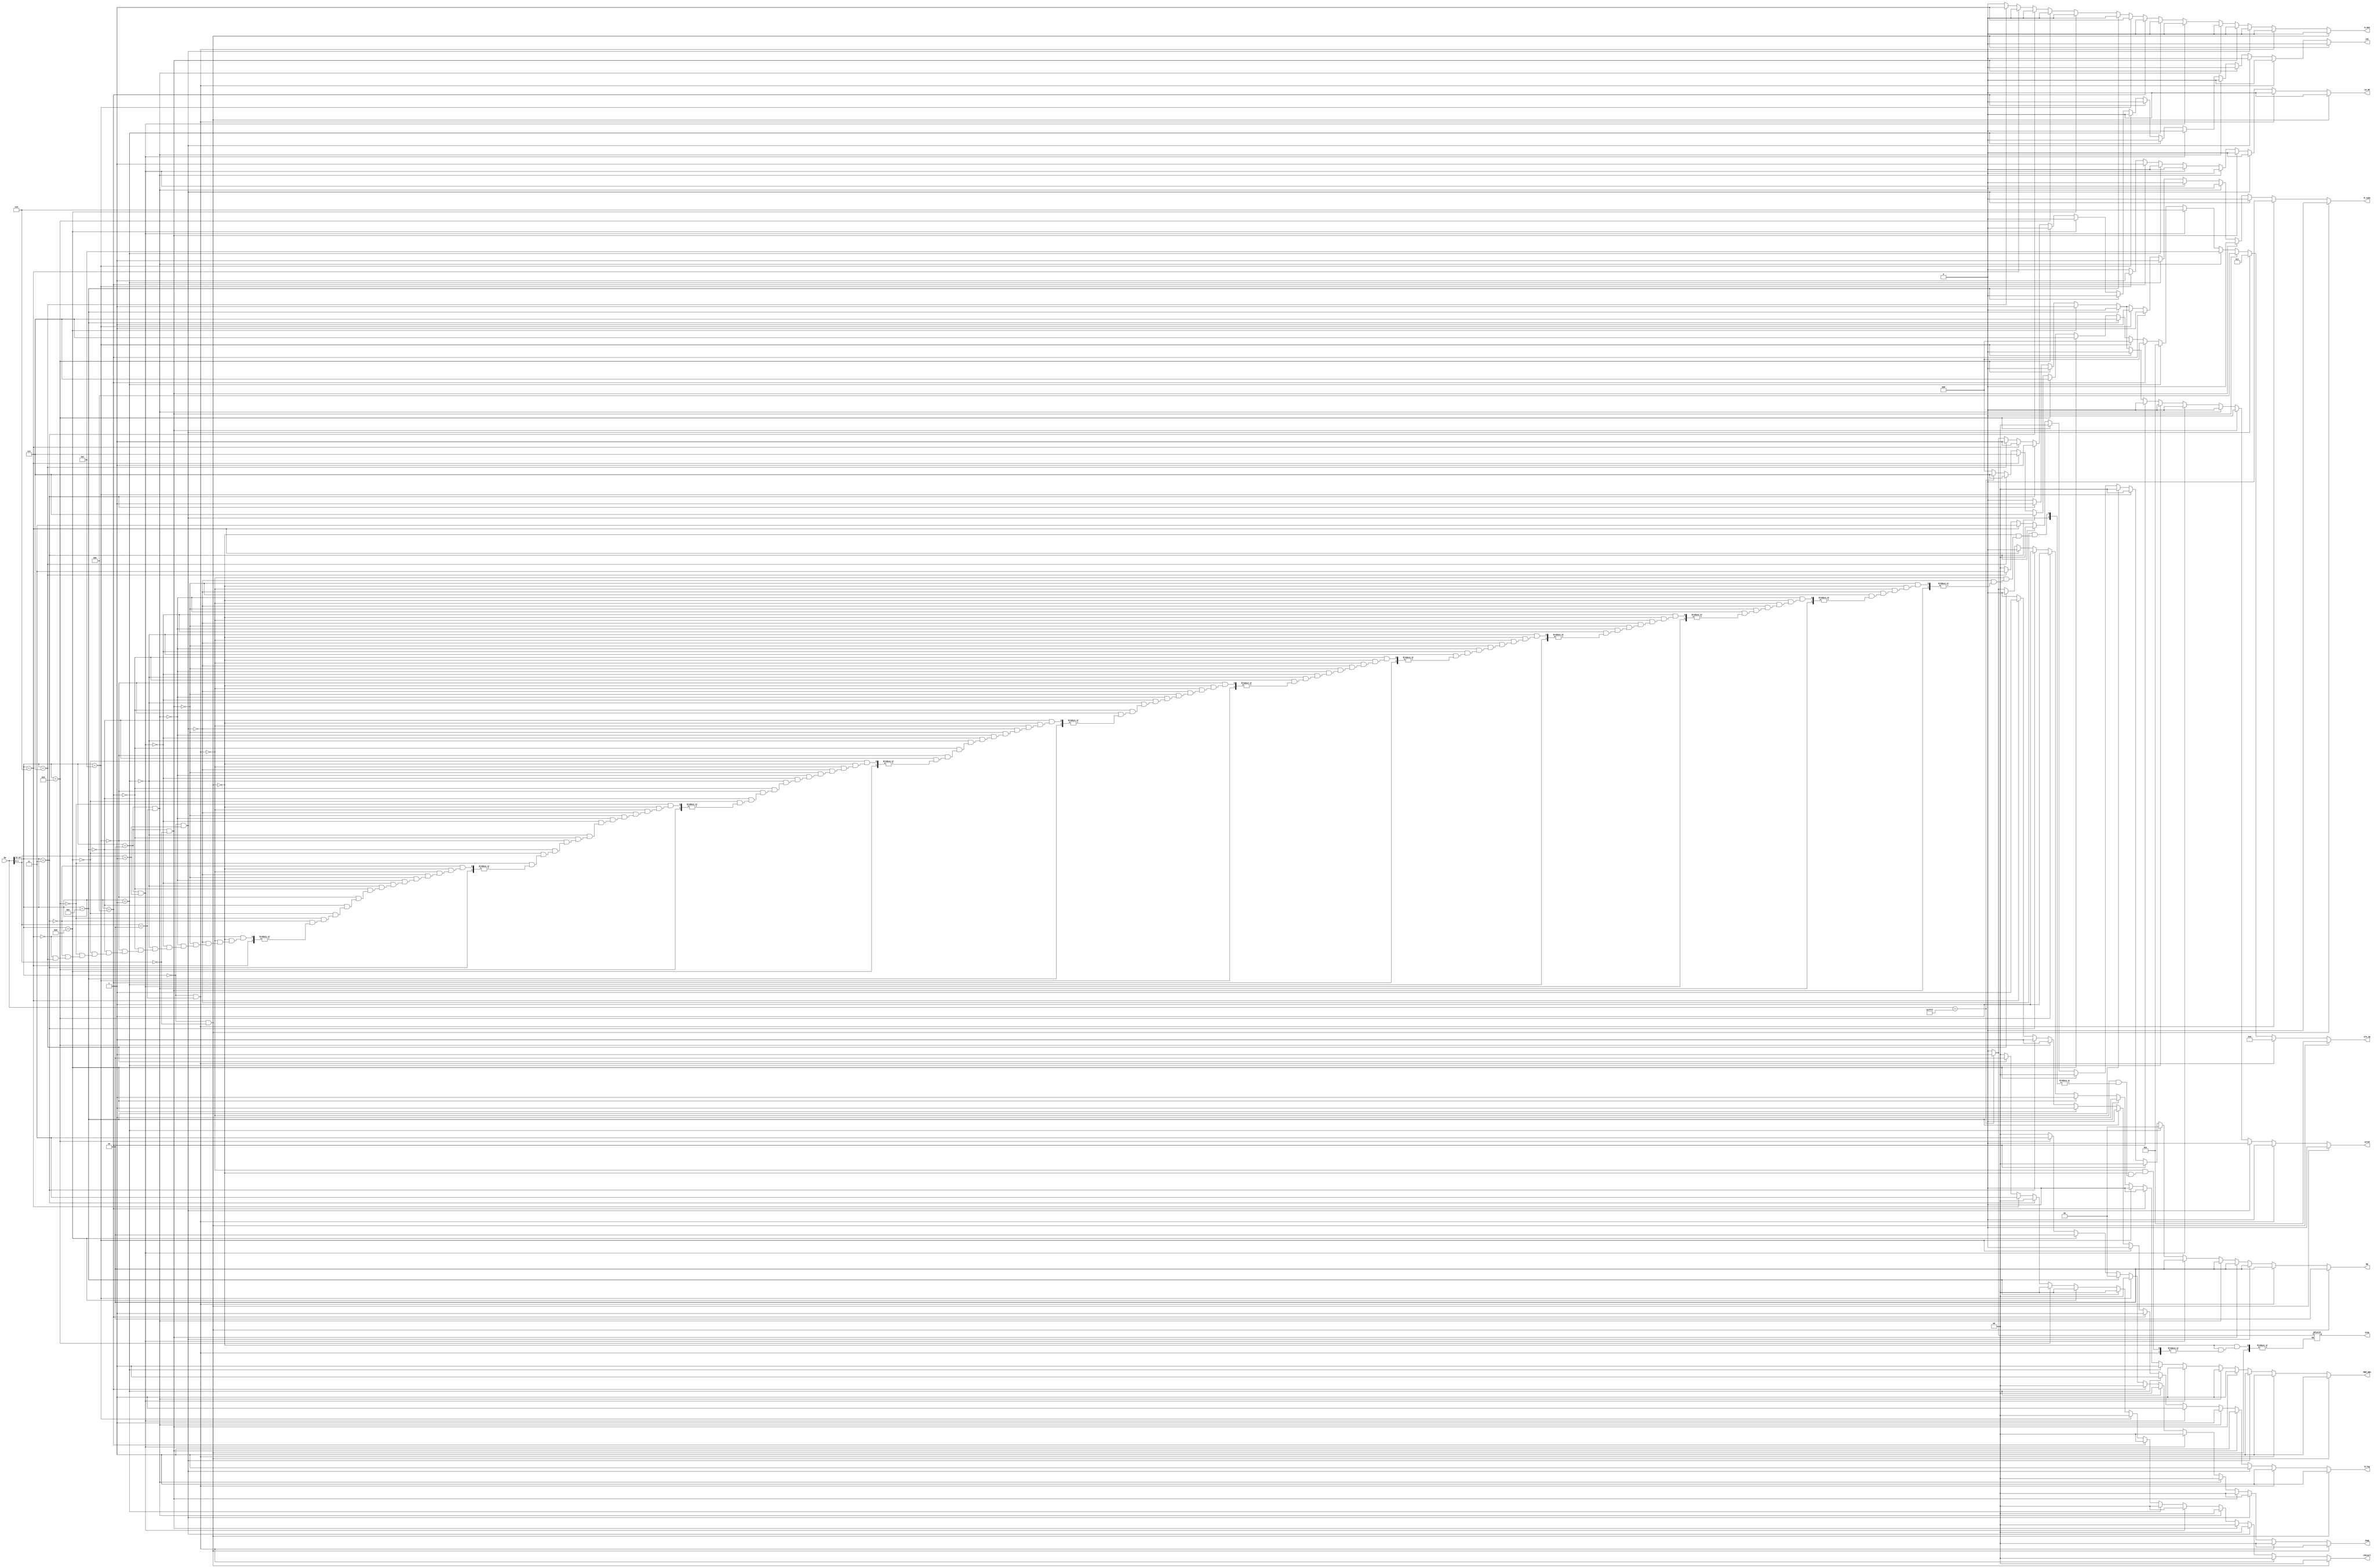
//module iDecoder (IW,R_type,RD,W_reg,W_mem,sel69,LHi,alu_op,LMstart,LW_SR,MEM_ANS,Jump,JL_JR,J_B,v,stop);
module iDecoder (IW,R_type,RD,W_reg,W_mem,sel69,LHi,alu_op,LMstart,LW_SR,MEM_ANS,Jump,stop);
//	input v;
	

	//Instuction Word
	input [15:0] IW;
		/*
		R_type		0	I or J type
					1	R Type
		*/
	output reg R_type;
		/*
		RD	00 	RA
				01	RB
				10	RC
				11	Load/Store Multiple R
		*/
	output reg [1:0] RD;
		/*
		W_reg 		0	No_write_to_reg
					1	write_to_reg
		*/
	output reg W_reg;
		/*
		W_mem 		0	No_write_to_memory
					1	write_to_memory
		*/
	output reg W_mem;
		/*
		Sel69 		0	Select 6
					1	Select 9
		*/
	output reg sel69;
		/*
		LHi 9->16 	0	Not executing Lhi 
					1 	executing Lhi
		*/
	output reg LHi;
		/*
		alu_op		000	No_FLAGCHANGE Addition
				
					001	FLAG_CHANGE_ADDITION NO COND
					010	FLAG_CHANGE_ADDITION C COND
					011	FLAG_CHANGE_ADDITION 0 COND
		
					100	FLAG_CHANGE_NAND NO COND
					101	FLAG_CHANGE_NAND C COND
					110	FLAG_CHANGE_NAND 0 COND
		
					111	Not USed
		*/
	output reg [2:0] alu_op;
		/*
		LMstart     	0x	NO Multiple operation
						10	Register to memory
						11	Memory to register
		//10 & 11 is used to Data in for FROM RD_RR or IW
		*/
	output reg [1:0]LMstart;
		/*
		LW_SR		0	other
					1	Load or Store
		*/
	output reg LW_SR;
		/*
		MEM_ANS		0	MEM_Data
					1	ANS_Data
		*/
	output reg MEM_ANS;
		/*
		Jump		00	No Jump
					01	Conditional Jump
					10	Uncondtional Jump
					11	Not_Used
		*/
	output reg [1:0]Jump;
	output reg stop;
	always @(*)
		begin
//////////////////////////////////////////////////////////////start R type
	//	if(v!=1'b0)
	//	begin
			//ADD
			if(IW[15:12]==4'b0000 && IW[1:0]==2'b00)
				begin
				R_type=1'b0;
				RD=2'b10;
				W_reg=1'b1;
				W_mem=1'b0;
				sel69=1'b0;
				LHi=1'b0;
				alu_op=3'b001;
				LMstart=2'b00;
				LW_SR=1'b0;
				MEM_ANS=1'b1;
				Jump=2'b00;
				end
			//ADC
			else if(IW[15:12]==4'b0000 && IW[1:0]==2'b10)
				begin
				R_type=1'b0;
				RD=2'b10;
				W_reg=1'b1;
				W_mem=1'b0;
				sel69=1'b0;
				LHi=1'b0;
				alu_op=3'b010;
				LMstart=2'b00;
				LW_SR=1'b0;
				MEM_ANS=1'b1;
				Jump=2'b00;
				end		
			//AD0
			else if(IW[15:12]==4'b0000 && IW[1:0]==2'b01)
				begin
				R_type=1'b0;
				RD=2'b10;
				W_reg=1'b1;
				W_mem=1'b0;
				sel69=1'b0;
				LHi=1'b0;
				alu_op=3'b011;
				LMstart=2'b00;
				LW_SR=1'b0;
				MEM_ANS=1'b1;
				Jump=2'b00;
				end		
			//NAND
			else if(IW[15:12]==4'b0010 && IW[1:0]==2'b00)
				begin
				R_type=1'b0;
				RD=2'b10;
				W_reg=1'b1;
				W_mem=1'b0;
				sel69=1'b0;
				LHi=1'b0;
				alu_op=3'b100;
				LMstart=2'b00;
				LW_SR=1'b0;
				MEM_ANS=1'b1;
				Jump=2'b00;
				end
			//NDC
			else if(IW[15:12]==4'b0010 && IW[1:0]==2'b10)
				begin
				R_type=1'b0;
				RD=2'b10;
				W_reg=1'b1;
				W_mem=1'b0;
				sel69=1'b0;
				LHi=1'b0;
				alu_op=3'b101;
				LMstart=2'b00;
				LW_SR=1'b0;
				MEM_ANS=1'b1;
				Jump=2'b00;
				end		
			//ND0
			else if(IW[15:12]==4'b0010 && IW[1:0]==2'b01)
				begin
				R_type=1'b0;
				RD=2'b10;
				W_reg=1'b1;
				W_mem=1'b0;
				sel69=1'b0;
				LHi=1'b0;
				alu_op=3'b110;
				LMstart=2'b00;
				LW_SR=1'b0;
				MEM_ANS=1'b1;
				Jump=2'b00;
				end		
////////////////////////////////////////////////////////////////END R type
////////////////////////////////////////////////////////////////START I type
			////START ADI last 6bit
			else if(IW[15:12]==4'b0001)
				begin
				R_type=1'b1;
				RD=2'b01;
				W_reg=1'b1;
				W_mem=1'b0;
				sel69=1'b0;
				LHi=1'b0;
				alu_op=3'b001;
				LMstart=2'b00;
				LW_SR=1'b0;
				MEM_ANS=1'b1;
				Jump=2'b00;
				end
			////START LW last 6bit
			else if(IW[15:12]==4'b0100)
				begin		
				R_type=1'b1;
				RD=2'b00;
				W_reg=1'b1;
				W_mem=1'b0;
				sel69=1'b0;
				LHi=1'b0;
				alu_op=3'b000;
				LMstart=2'b00;
				LW_SR=1'b1;
				MEM_ANS=1'b0;
				Jump=2'b00;
				end
			////START SW last 6bit
			else if(IW[15:12]==4'b0101)
				begin
				R_type=1'b1;
				RD=2'b00;
				W_reg=1'b0;
				W_mem=1'b1;
				sel69=1'b0;
				LHi=1'b0;
				alu_op=3'b000;
				LMstart=2'b00;
				LW_SR=1'b1;
				MEM_ANS=1'b0;
				Jump=2'b00;
				end
			////START BEQ last 6bit
			else if(IW[15:12]==4'b1100)
				begin
				R_type=1'b0;
				RD=2'b00;
				W_reg=1'b0;
				W_mem=1'b0;
				sel69=1'b0;
				LHi=1'b0;
				alu_op=3'b111;
				LMstart=2'b00;
				LW_SR=1'b0;
				MEM_ANS=1'b1;
				Jump=2'b01;
				end
			////START JAL last 9bit
			else if(IW[15:12]==4'b1000)
				begin
				R_type=1'b1;
				RD=2'b00;
				W_reg=1'b1;
				W_mem=1'b0;
				sel69=1'b1;
				LHi=1'b0;
				alu_op=3'b111;
				LMstart=2'b00;
				LW_SR=1'b0;
				MEM_ANS=1'b1;
				Jump=2'b10;
				end
			////START JLR last 6bit (fixed) wasted
			else if(IW[15:12]==4'b1001)
				begin
				R_type=1'b0;
				RD=2'b00;
				W_reg=1'b1;
				W_mem=1'b0;
				sel69=1'b0;
				LHi=1'b0;
				alu_op=3'b111;
				LMstart=2'b00;
				LW_SR=1'b0;
				MEM_ANS=1'b1;
				Jump=2'b11;
				end
////////////////////////////////////////////////////////////////END I type		
////////////////////////////////////////////////////////////////START J type		
			////START LHI last 9bit
			else if(IW[15:12]==4'b0011)
				begin
				R_type=1'b1;
				RD=2'b00;
				W_reg=1'b1;
				W_mem=1'b0;
				sel69=1'b1;
				LHi=1'b1;
				alu_op=3'b111;
				LMstart=2'b00;
				LW_SR=1'b0;
				MEM_ANS=1'b1;
				Jump=2'b00;
				end
			////START LM last 9bit 0 + 8 bit addr
			else if(IW[15:12]==4'b0110)
				begin
				R_type=1'b0;
				RD=2'b11;
				W_reg=1'b1;
				W_mem=1'b0;
				sel69=1'b0;
				LHi=1'b1;
				alu_op=3'b111;
				LMstart=2'b11;
				LW_SR=1'b0;
				MEM_ANS=1'b0;
				Jump=2'b00;
				end
			////START SM last 9bit 0 + 8 bit addr
			else if(IW[15:12]==4'b0111)
				begin
				R_type=1'b0;
				RD=2'b11;
				W_reg=1'b0;
				W_mem=1'b1;
				sel69=1'b0;
				LHi=1'b1;
				alu_op=3'b111;
				LMstart=2'b10;
				LW_SR=1'b0;
				MEM_ANS=1'b0;
				Jump=2'b00;
				end
			//////HALT instruction
			else if(IW==16'hffff)
				begin
					stop=1'b1;
					R_type=1'b0;
					RD=2'b00;
					W_reg=1'b0;
					W_mem=1'b0;
					sel69=1'b0;
					LHi=1'b1;
					alu_op=3'b111;
					LMstart=2'b00;
					LW_SR=1'b0;
					MEM_ANS=1'b1;
					Jump=2'b00;
				end
			// UNDEFINED_STATE or NOP
			else
				begin
				R_type=1'b0;
				RD=2'b00;
				W_reg=1'b0;
				W_mem=1'b0;
				sel69=1'b0;
				LHi=1'b0;
				alu_op=3'b000;
				LMstart=2'b00;
				LW_SR=1'b0;
				MEM_ANS=1'b0;
				Jump=2'b00;
				stop=1'b0;
				end
		end
//		end
endmodule